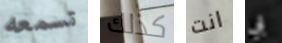
تسمعه كذلك انت بي